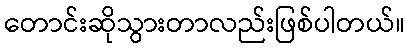
တောင်းဆိုသွားတာလည်းဖြစ်ပါတယ်။